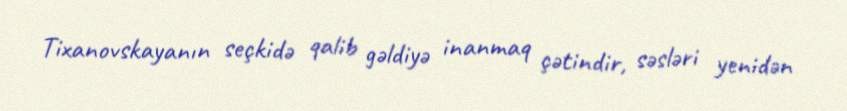
Tixanovskayanın seçkidə qalib gəldiyə inanmaq çətindir, səsləri yenidən